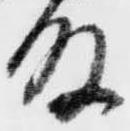
殿